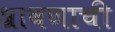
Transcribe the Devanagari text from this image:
श्रावणाची